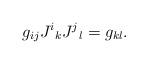
LaTeX: \begin{align*}g_{ij}J^i{}_{k} J^j{}_{l} =g_{kl} . \end{align*}